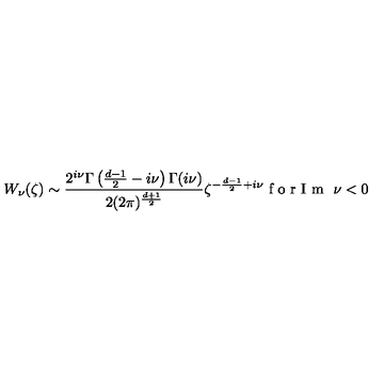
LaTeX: W _ { \nu } ( \zeta ) \sim \frac { 2 ^ { i \nu } \Gamma \left( \frac { d - 1 } { 2 } - i \nu \right) \Gamma ( i \nu ) } { 2 ( 2 \pi ) ^ { \frac { d + 1 } { 2 } } } \zeta ^ { - \frac { d - 1 } { 2 } + i \nu } \makebox { f o r I m } \ \nu < 0